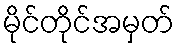
မိုင်တိုင်အမှတ်